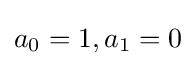
a_{0}=1,a_{1}=0